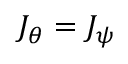
J _ { \theta } = J _ { \psi }